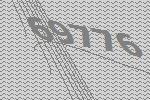
69776